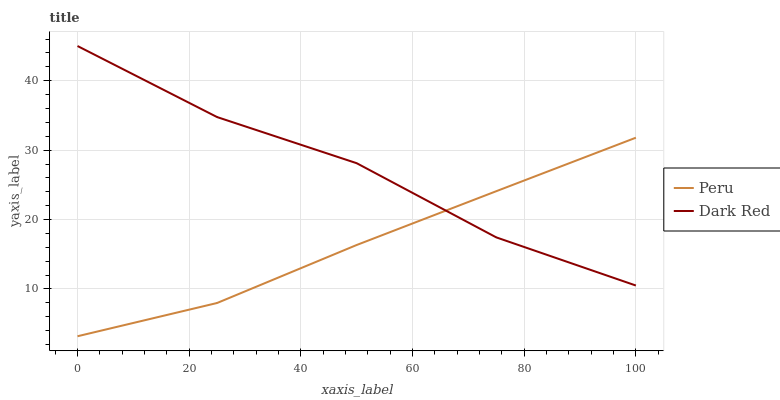
| xaxis_label | Peru | Dark Red |
 | --- | --- | --- |
 | 0 | 3.19 | 45 |
 | 25 | 7.98 | 34.8 |
 | 50 | 16.3 | 28.1 |
 | 75 | 24.1 | 17.4 |
 | 100 | 31.8 | 10.5 |